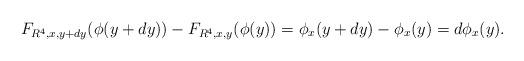
LaTeX: \begin{align*}F_{R^{4},x,y+dy} (\phi(y+dy))-F_{R^{4},x,y}(\phi(y))=\phi_{x}(y+dy)-\phi_{x}(y)=d\phi_{x}(y).\end{align*}